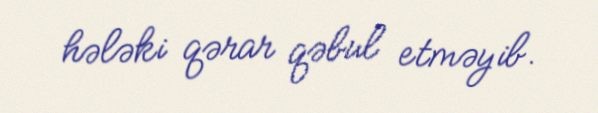
hələki qərar qəbul etməyib.